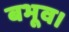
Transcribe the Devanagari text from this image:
बभूव।